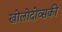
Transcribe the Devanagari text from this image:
खोलोदोव्सकी